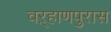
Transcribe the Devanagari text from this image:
वऱ्हाणपुरास